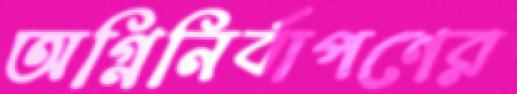
অগ্নিনির্বাপণের